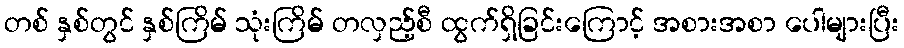
တစ် နှစ်တွင် နှစ်ကြိမ် သုံးကြိမ် တလှည့်စီ ထွက်ရှိခြင်းကြောင့် အစားအစာ ပေါများပြီး